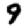
Digit: 9